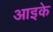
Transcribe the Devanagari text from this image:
आइके